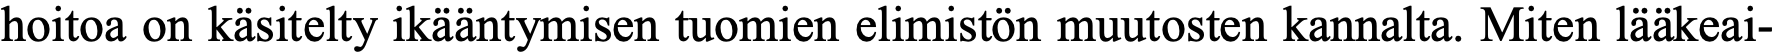
hoitoa on käsitelty ikääntymisen tuomien elimistön muutosten kannalta. Miten lääkeai-